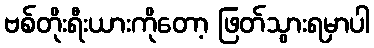
ဗစ်တိုးရီးယားကိုတော့ ဖြတ်သွားရမှာပါ